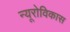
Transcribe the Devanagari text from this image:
न्यूरोविकास